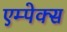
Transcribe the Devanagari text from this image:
एम्पेक्स